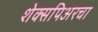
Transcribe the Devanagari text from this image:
शेक्सपिअरचा